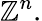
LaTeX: \mathbb{Z}^{n}.